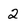
Character: 2